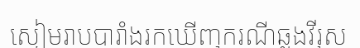
សៀមរាបបារាំងរកឃើញករណីឆ្លងវីរុស